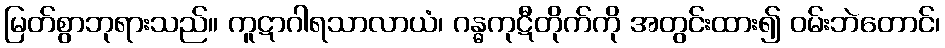
မြတ်စွာဘုရားသည်။ ကူဋာဂါရသာလာယံ၊ ဂန္ဓကုဋီတိုက်ကို အတွင်းထား၍ ဝမ်းဘဲတောင်၊